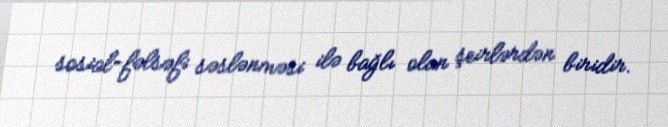
sosial-fəlsəfi səslənməsi ilə bağlı olan şeirlərdən biridir.